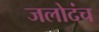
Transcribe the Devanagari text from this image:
जलोदंच